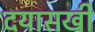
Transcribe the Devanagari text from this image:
दयासखी